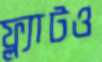
ফ্ল্যাটও